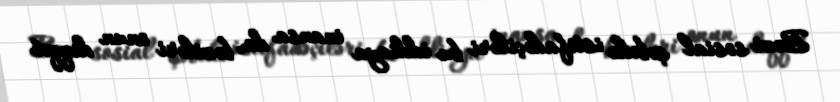
Bəzi sosial şəbəkə istifadəçiləri bu iddiaya inansa da, bəziləri onun diqqət